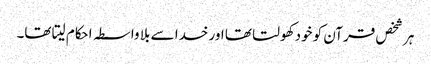
ہر شخص قرآن کو خود کھولتا تھا اور خدا سے بلا واسطہ احکام لیتا تھا۔